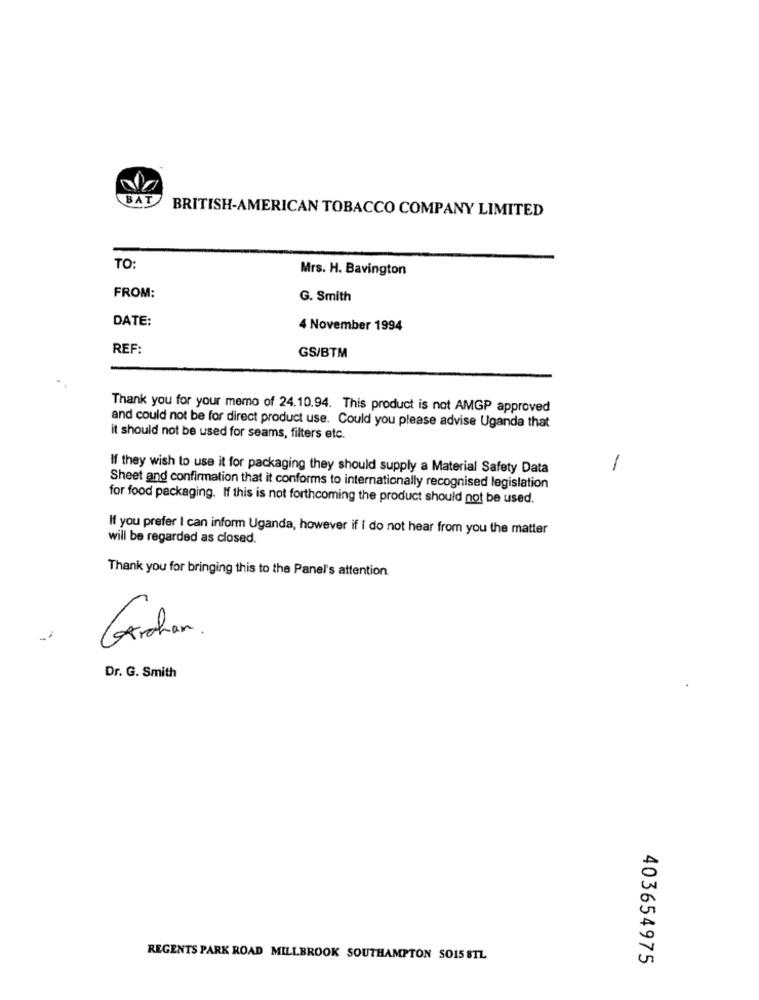
BAT
BRITISH-AMERICAN TOBACCO COMPANY LIMITED
TO:
Mrs. H. Bavington
FROM:
G. Smith
DATE:
4 November 1994
REF:
GS/BTM
Thank you for your memo of 24.10.94. This product is not AMGP approved
and could not be for direct product use. Could you please advise Uganda that
it should not be used for seams, filters etc.
If they wish to use it for packaging they should supply a Material Safety Data
-
Sheet and confirmation that it conforms to internationally recognised legislation
for food packaging. If this is not forthcoming the product should not be used.
If you prefer I can inform Uganda, however if I do not hear from you the matter
will be regarded as closed.
Thank you for bringing this to the Panel's attention.
Garohan
-
Dr. G. Smith
REGENTS PARK ROAD MILLBROOK SOUTHAMPTON SO15 STL
403654975